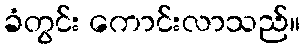
ခံတွင်း ကောင်းလာသည်။